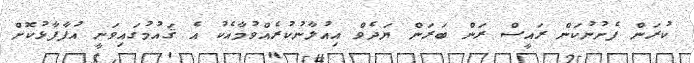
ކުރަން ފެށުނުކަން ރައީސް ރަން ބަރަން ޔަދެވް އިއުލާނުކުރެއްވުމާއެކު އެ ޤައުމުގައިވަނީ އުފާފާޅުކޮށް